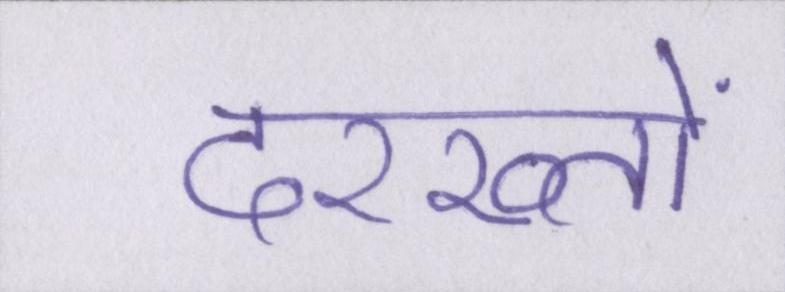
दरख्तों